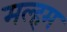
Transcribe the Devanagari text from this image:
मल्हम